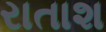
રાતાશ